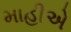
માહીએ